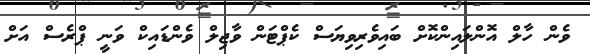
ވެން ހާލް އޮންލައިންކޮށް ބައިވެރިވިޔަސް ކެޕްޓަން ވާޖިލް ވެންޑައިކް ވަނީ ޕްރެސް އަށް